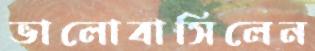
ভালোবাসিলেন